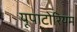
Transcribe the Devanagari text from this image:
यूपाटोरियम